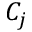
C _ { j }